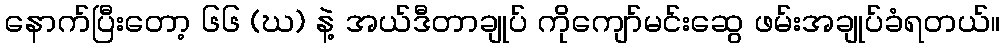
နောက်ပြီးတော့ ၆၆ (ဃ) နဲ့ အယ်ဒီတာချုပ် ကိုကျော်မင်းဆွေ ဖမ်းအချုပ်ခံရတယ်။